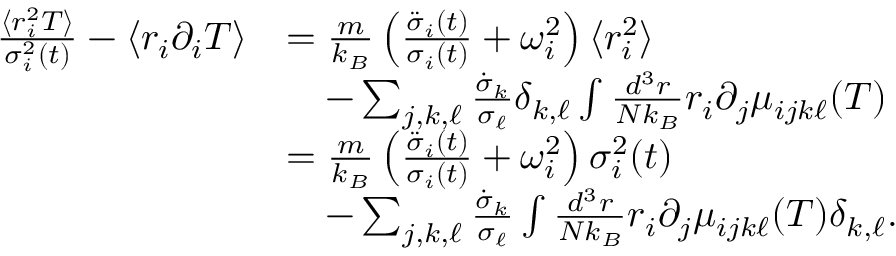
\begin{array} { r l } { \frac { \langle r _ { i } ^ { 2 } T \rangle } { \sigma _ { i } ^ { 2 } ( t ) } - \langle r _ { i } \partial _ { i } T \rangle } & { = \frac { m } { k _ { B } } \left( \frac { \ddot { \sigma } _ { i } ( t ) } { \sigma _ { i } ( t ) } + \omega _ { i } ^ { 2 } \right) \langle r _ { i } ^ { 2 } \rangle } \\ & { \quad - \sum _ { j , k , \ell } \frac { \dot { \sigma } _ { k } } { \sigma _ { \ell } } \delta _ { k , \ell } \int \frac { d ^ { 3 } r } { N k _ { B } } r _ { i } \partial _ { j } \mu _ { i j k \ell } ( T ) } \\ & { = \frac { m } { k _ { B } } \left( \frac { \ddot { \sigma } _ { i } ( t ) } { \sigma _ { i } ( t ) } + \omega _ { i } ^ { 2 } \right) \sigma _ { i } ^ { 2 } ( t ) } \\ & { \quad - \sum _ { j , k , \ell } \frac { \dot { \sigma } _ { k } } { \sigma _ { \ell } } \int \frac { d ^ { 3 } r } { N k _ { B } } r _ { i } \partial _ { j } \mu _ { i j k \ell } ( T ) \delta _ { k , \ell } . } \end{array}